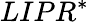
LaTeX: LIPR^{*}